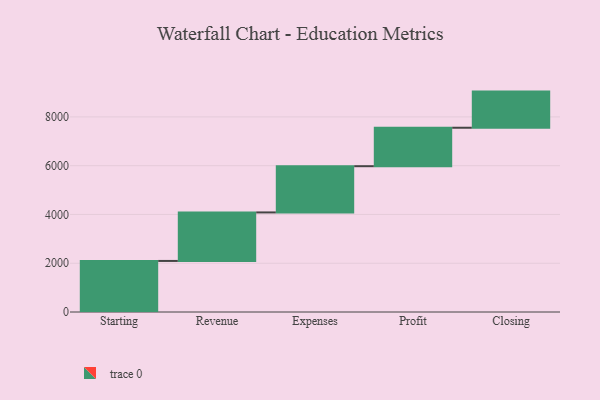
{"axis": {"x": "Step", "y": "Value"}, "legend": [""], "data": [{"x": "Starting", "y": 2094.0, "type": ""}, {"x": "Revenue", "y": 1989.0, "type": ""}, {"x": "Expenses", "y": 1896.0, "type": ""}, {"x": "Profit", "y": 1577.0, "type": ""}, {"x": "Closing", "y": 1482.0, "type": ""}]}